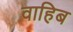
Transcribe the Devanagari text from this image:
वाहिब